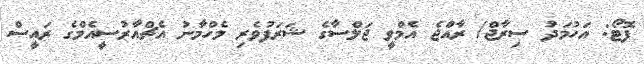
ފޮޓޯ: އަހުމަދު ސިރާޖް/ ރާއްޖެ އެމްވީ ޖަލްސާގެ ޝަރަފުވެރި މެހްމާނު އެޗްއާރުސީއެމްގެ ރައީސް